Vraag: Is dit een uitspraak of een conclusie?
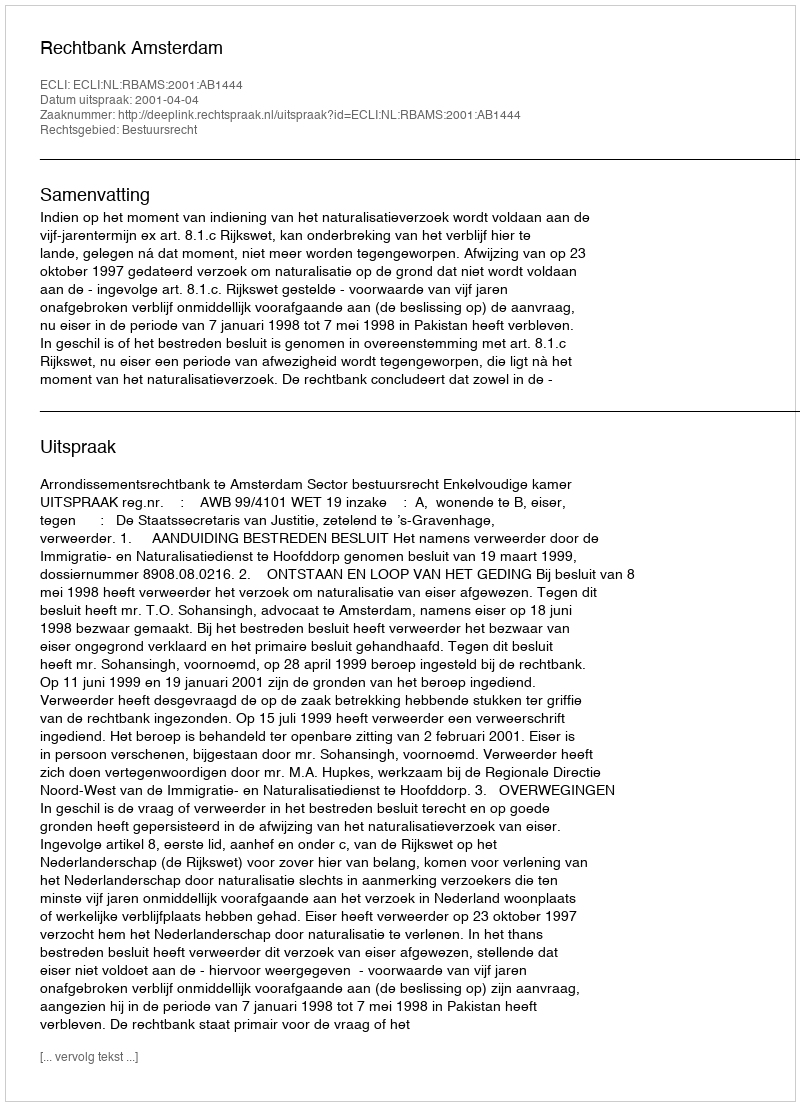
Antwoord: Uitspraak